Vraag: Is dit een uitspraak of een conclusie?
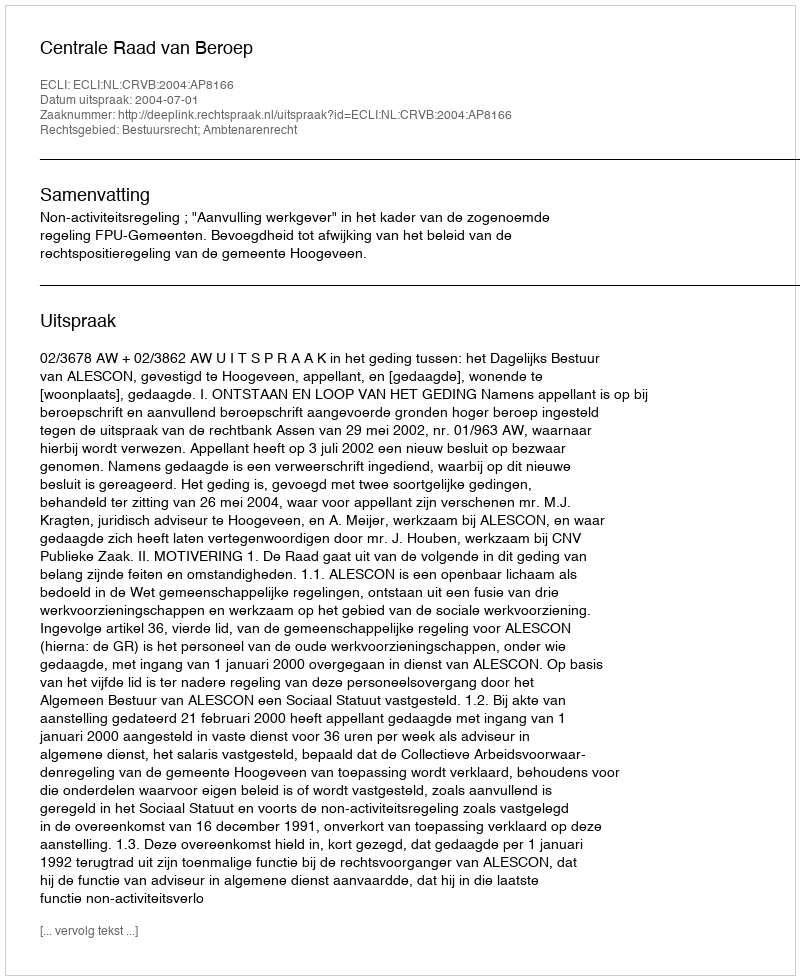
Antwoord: Uitspraak